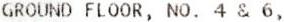
GROUND FLOOR, NO. 4 & 6,